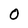
Character: O